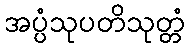
အပ္ပံသုပတိသုတ္တံ